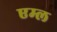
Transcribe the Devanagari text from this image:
एम्ल